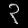
Digit: ၃